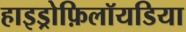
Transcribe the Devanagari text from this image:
हाइड्रोफ़िलॉयडिया